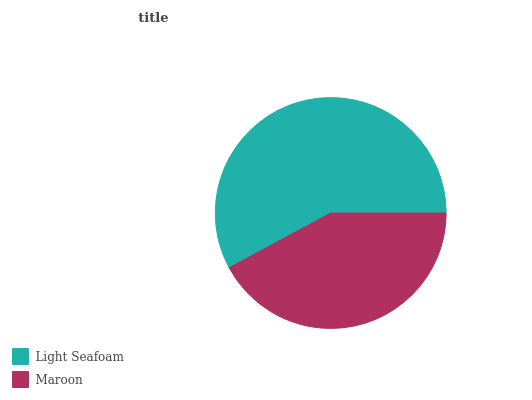
| Light Seafoam | Maroon |
 | --- | --- |
 | 57.9% | 42.1% |